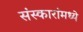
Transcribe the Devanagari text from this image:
संस्कारांमध्ये